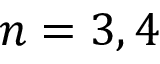
n = 3 , 4